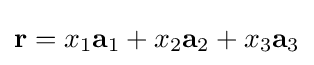
\mathbf {r} =x_{1}\mathbf {a} _{1}+x_{2}\mathbf {a} _{2}+x_{3}\mathbf {a} _{3}